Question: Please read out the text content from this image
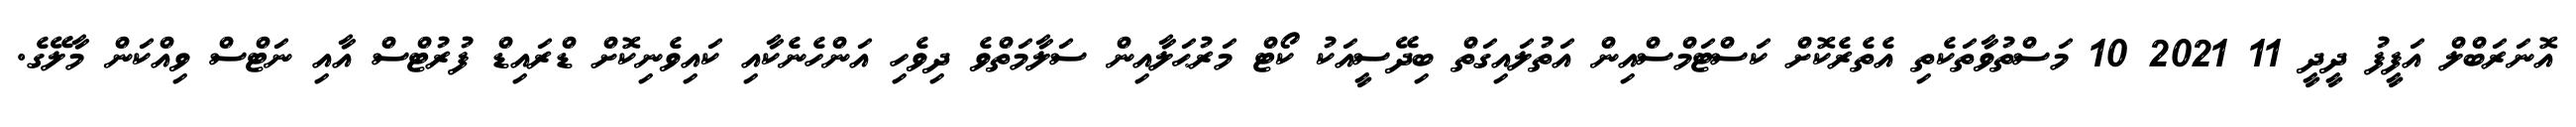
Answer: އޮނަރަބްލް އަފީފު ދީދީ 11 2021 10 މަސްތުވާތަކެތި އެތެރެކޮށް ކަސްޓަމްސްއިން އަތުލައިގަތް ބިދޭސީއަކު ކޯޓް މަރުޙަލާއިން ސަލާމަތްވެ ދިވެހި އަންހެނެކާއި ކައިވެނިކޮށް ޑްރައިޑް ފުރުޓްސް އާއި ނަޓްސް ވިއްކަން މާލޭގެ.